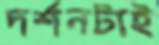
দর্শনটাই